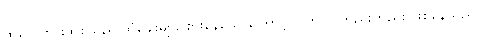
ထိုလှေကားထစ်သည် သံချေးများ စားနေသောကြောင့် ပြက်လု တည်းတည်း ဖြစ်နေသည်။